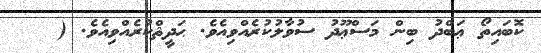
ކޮބައިތޯ ޢަބްދު ބިން މަސްޢޫދު ސުވާލުކުރެއްވިއެވެ. ޙަދީޘްކުރެއްވިއެވެ. (